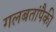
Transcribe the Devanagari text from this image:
गलबतांपैकी